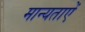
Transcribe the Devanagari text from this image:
मान्यताऐं